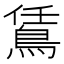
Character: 鵀